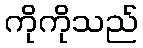
ကိုကိုသည်